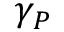
\gamma _ { P }